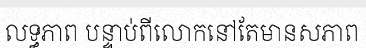
លទ្ធភាព បន្ទាប់ពីលោកនៅតែមានសភាព